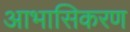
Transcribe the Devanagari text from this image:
आभासिकरण